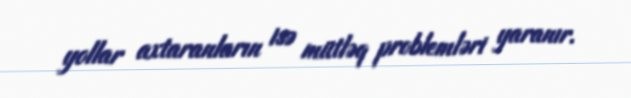
yollar axtaranların isə mütləq problemləri yaranır.